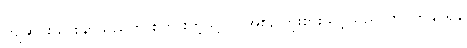
ကျဆင်းသွားနိုင်သည်ဟု စကားကဲ့သို့ပင် အစဉ်ကြိုးစားသင့်သည် ကွပ်ကဲနိုင်ရန်